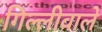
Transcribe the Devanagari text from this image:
गिल्लीवाले